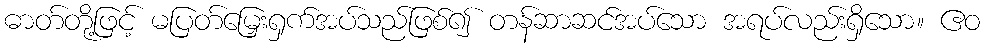
ဓာတ်တို့ဖြင့် မပြတ်မြှေးရှက်အပ်သည်ဖြစ်၍ တန်ဆာဆင်အပ်သော အရပ်လည်းရှိသော။ ဧဝ